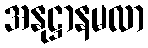
အနုဋ္ဌာနမလာ